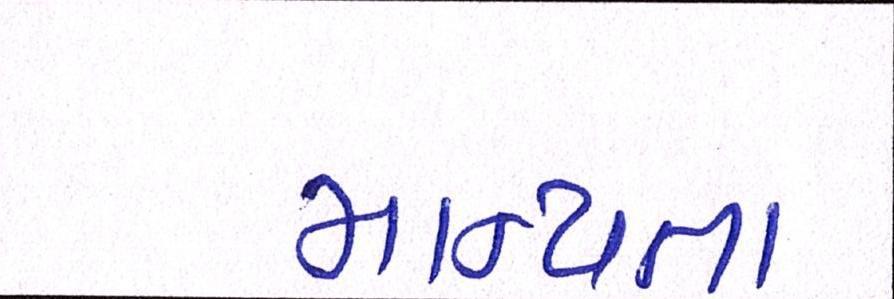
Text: માન્યતા